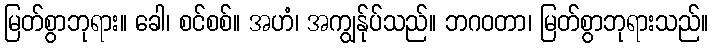
မြတ်စွာဘုရား။ ခေါ၊ စင်စစ်။ အဟံ၊ အကျွန်ုပ်သည်။ ဘဂဝတာ၊ မြတ်စွာဘုရားသည်။